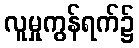
လူမှုကွန်ရက်၌